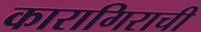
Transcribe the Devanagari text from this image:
कारागिराची